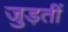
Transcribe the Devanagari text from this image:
जुड़तीं